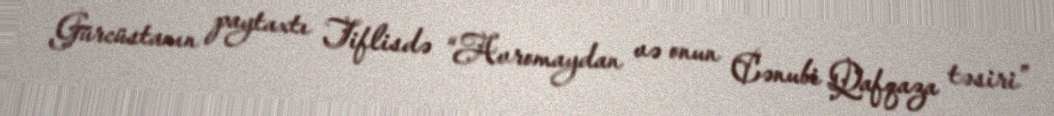
Gürcüstanın paytaxtı Tiflisdə “Avromaydan və onun Cənubi Qafqaza təsiri”